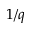
1 / q